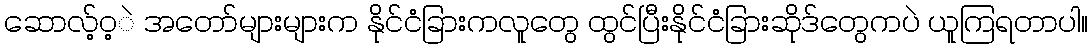
ဆောလ့်ဝ့ဲ အတော်များများက နိုင်ငံခြားကလူတွေ ထွင်ပြီးနိုင်ငံခြားဆိုဒ်တွေကပဲ ယူကြရတာပါ။